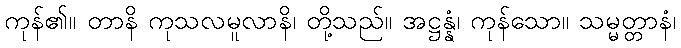
ကုန်၏။ တာနိ ကုသလမူလာနိ၊ တို့သည်။ အဋ္ဌန္နံ၊ ကုန်သော။ သမ္မတ္တာနံ၊